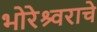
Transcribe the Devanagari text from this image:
भोरेश्र्वराचे